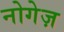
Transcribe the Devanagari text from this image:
नोगेज़